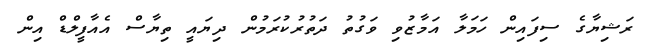
ރަޝިޔާގެ ސިިފައިން ހަމަލާ އަމާޒުވި ވަގުތު ދަތުރުކުރަމުން ދިޔައީ ތިޔާސް އެއާފީލްޑް އިން